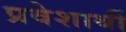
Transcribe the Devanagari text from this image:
प्रवेशार्थी